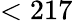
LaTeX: <217